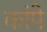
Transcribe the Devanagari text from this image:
कांपे